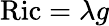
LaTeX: \operatorname{Ric}=\lambda g